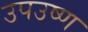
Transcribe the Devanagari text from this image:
उपउष्ण